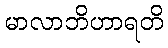
မာလာဘိဟာရတိ